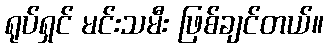
ရုပ်ရှင် မင်းသမီး ဖြစ်ချင်တယ်။